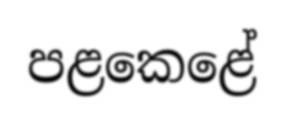
පළකෙළේ